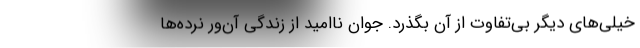
خیلی‌های دیگر بی‌تفاوت از آن بگذرد. جوان ناامید از زندگی آن‌ور نرده‌ها